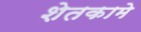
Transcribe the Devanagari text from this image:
शेतकामे